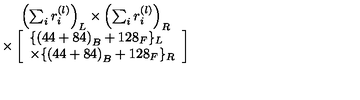
\begin{array} { c } { \left( \sum _ { i } r _ { i } ^ { ( l ) } \right) _ { L } \times \left( \sum _ { i } r _ { i } ^ { ( l ) } \right) _ { R } } \\ { \times \left[ \begin{array} { l } { \{ \left( 4 4 + 8 4 \right) _ { B } + 1 2 8 _ { F } \} _ { L } } \\ { \times \{ \left( 4 4 + 8 4 \right) _ { B } + 1 2 8 _ { F } \} _ { R } } \\ \end{array} \right] } \\ \end{array}